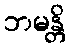
ဘမန္တိ